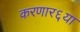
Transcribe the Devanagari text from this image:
करणार६या